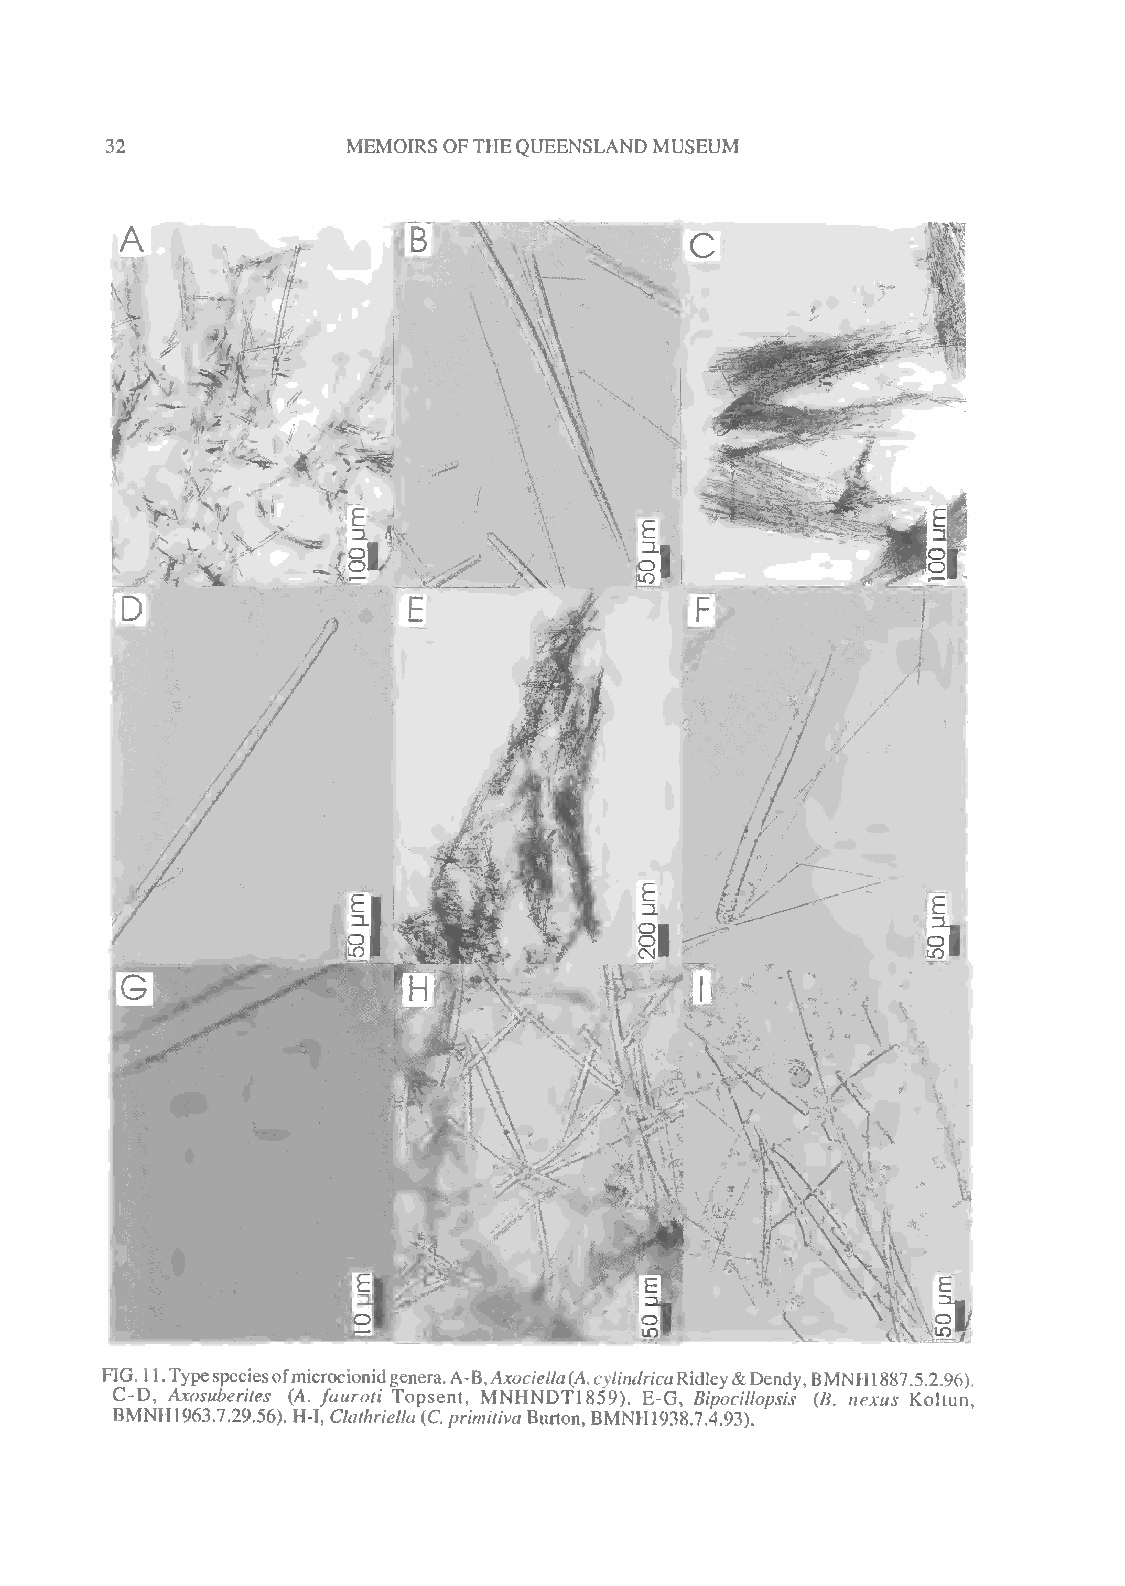
32              MEMOIRS OFTHEQUEENSLAND MUSEUM
 FIG. 11.Typespeciesofmicrocionidgenera.A-B,Axocietla(A.cy/m^r/caRidley&Dendy,BMNH 1887.5.2.96).
 C-D, Axosuberites (A. fauroti Topsent, MNHNDT1859). E-G, Bipocillopsis (B. nexus Koltun,
 BMNH1963.7.29.56). HI, Clathriella(C.primitiva Burton, BMNH 1938.7.4.93).